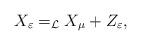
LaTeX: \begin{align*}X_\varepsilon =_{\cal L} X_\mu + Z_\varepsilon,\end{align*}